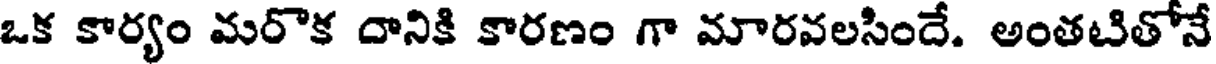
ఒక కార్యం మరొక దానికి కారణం గా మారవలసిందే. అంతటితోనే